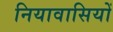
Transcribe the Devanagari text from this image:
नियावासियों